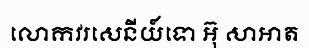
លោកវរសេនីយ៍ទោ អ៊ុ សាអាត